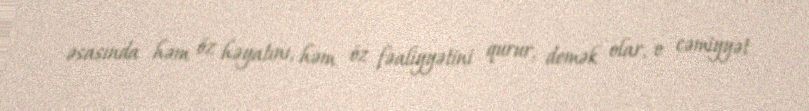
əsasında həm öz həyatını, həm öz fəaliyyətini qurur, demək olar, o cəmiyyət